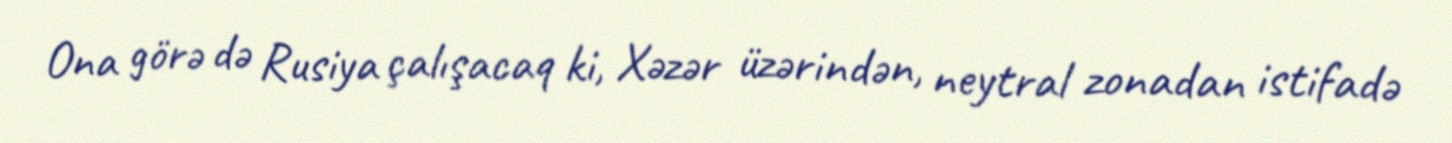
Ona görə də Rusiya çalışacaq ki, Xəzər üzərindən, neytral zonadan istifadə